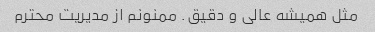
مثل همیشه عالی و دقیق. ‌ممنونم از مدیریت محترم